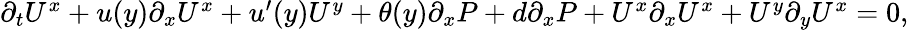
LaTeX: \begin{array}{r}{\partial_{t}U^{x}+u(y)\partial_{x}U^{x}+u^{\prime}(y)U^{y}+\theta(y)\partial_{x}P+d\partial_{x}P+U^{x}\partial_{x}U^{x}+U^{y}\partial_{y}U^{x}=0,}\end{array}